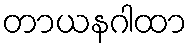
တာယနဂါထာ